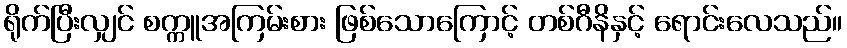
ရိုက်ပြီးလျှင် စက္ကူအကြမ်းစား ဖြစ်သောကြောင့် တစ်ဂီနိနှင့် ရောင်းလေသည်။